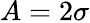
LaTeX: A=2\sigma